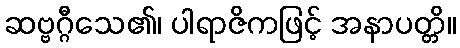
ဆဗ္ဗဂ္ဂီသေ၏၊ ပါရာဇိကဖြင့် အနာပတ္တိ။